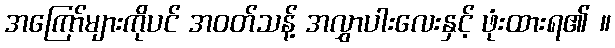
အကြော်များကိုပင် အဝတ်သန့် အလွှာပါးလေးနှင့် ဖုံးထားရ၏ ။